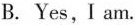
B. Yes,I am.